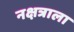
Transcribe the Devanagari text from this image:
नक्षत्राला